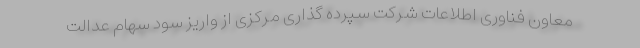
معاون فناوری اطلاعات شرکت سپرده گذاری مرکزی از واریز سود سهام عدالت